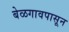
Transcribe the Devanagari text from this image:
बेळगावपासून